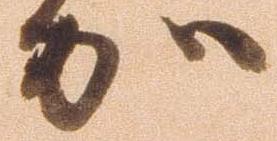
加